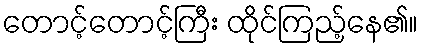
တောင့်တောင့်ကြီး ထိုင်ကြည့်နေ၏။